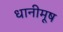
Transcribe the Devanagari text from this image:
धानीमूष